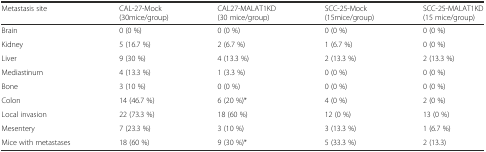
| Metastasis site | CAL-27-Mock (30mice/group) | CAL27-MALAT1KD (30 mice/group) | SCC-25-Mock (15mice/group) | SCC-25-MALAT1KD (15 mice/group) |
 | --- | --- | --- | --- | --- |
 | Brain | 0 (0 %) | 0 (0 %) | 0 (0 %) | 0 (0 %) |
 | Kidney | 5 (16.7 %) | 2 (6.7 %) | 1 (6.7 %) | 0 (0 %) |
 | Liver | 9 (30 %) | 4 (13.3 %) | 2 (13.3 %) | 2 (13.3 %) |
 | Mediastinum | 4 (13.3 %) | 1 (3.3 %) | 0 (0 %) | 0 (0 %) |
 | Bone | 3 (10 %) | 0 (0 %) | 0 (0 %) | 0 (0 %) |
 | Colon | 14 (46.7 %) | 6 (20 %)* | 4 (0 %) | 2 (0 %) |
 | Local invasion | 22 (73.3 %) | 18 (60 %) | 12 (0 %) | 13 (0 %) |
 | Mesentery | 7 (23.3 %) | 3 (10 %) | 3 (13.3 %) | 1 (6.7 %) |
 | Mice with metastases | 18 (60 %) | 9 (30 %)* | 5 (33.3 %) | 2 (13.3) |